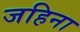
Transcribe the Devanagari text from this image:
जहिना